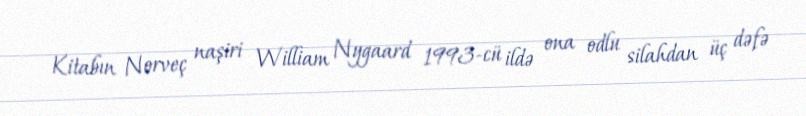
Kitabın Norveç naşiri William Nygaard 1993-cü ildə ona odlu silahdan üç dəfə